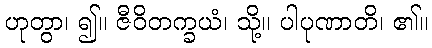
ဟုတွာ၊ ၍။ ဇီဝိတက္ခယံ၊ သို့။ ပါပုဏာတိ၊ ၏။